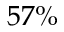
5 7 \%